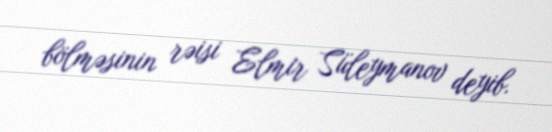
bölməsinin rəisi Elmir Süleymanov deyib.